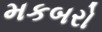
મકબરો